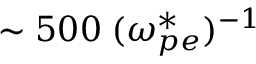
\sim 5 0 0 \; ( \omega _ { p e } ^ { * } ) ^ { - 1 }